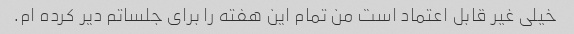
خیلی غیر قابل اعتماد است من تمام این هفته را برای جلساتم دیر کرده ام.